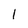
Character: 1